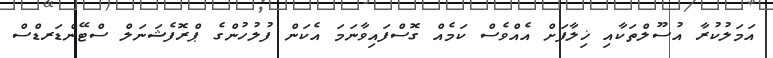
އަމަލުކުރާ އުސޫލްތަކާއި ޚިލާފަށް އެއްވެސް ކަމެއް ގޮސްފައިވާނަމަ އެކަން ފުލުހުންގެ ޕްރޮފެޝަނަލް ސްޓޭންޑަރޑްސް